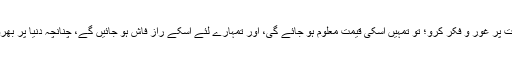
مختصر دنیاوی زندگی ، حقارت آمیز دنیاوی نمود و نمائش، اور [پلک جھپکتے ] بدلتے حالات پر غور و فکر کرو؛ تو تمہیں اسکی قیمت معلوم ہو جائے گی، اور تمہارے لئے اسکے راز فاش ہو جائیں گے، چنانچہ دنیا پر بھروسہ کرنے والا ہی دھوکے میں ہے، اور اس کی طرف مائل شخص ہی ہلاک ہونے والا ہے۔